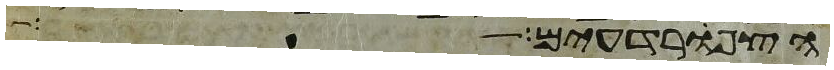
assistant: הצפרדעים